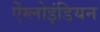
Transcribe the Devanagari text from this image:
ऐंग्लोइंडियन